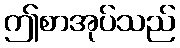
ဤစာအုပ်သည်